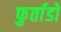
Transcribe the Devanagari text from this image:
फुर्ताडो